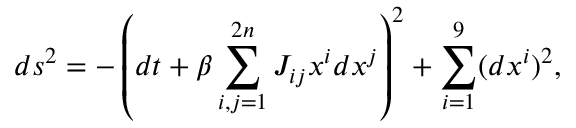
d s ^ { 2 } = - \left( d t + \beta \sum _ { i , j = 1 } ^ { 2 n } J _ { i j } x ^ { i } d x ^ { j } \right) ^ { 2 } + \sum _ { i = 1 } ^ { 9 } ( d x ^ { i } ) ^ { 2 } ,